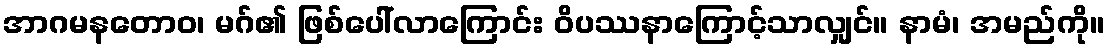
အာဂမနတောဝ၊ မဂ်၏ ဖြစ်ပေါ်လာကြောင်း ဝိပဿနာကြောင့်သာလျှင်။ နာမံ၊ အမည်ကို။